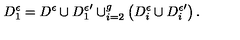
D _ { 1 } ^ { \epsilon } = D ^ { \epsilon } \cup { D _ { 1 } ^ { \epsilon } } ^ { \prime } \cup _ { i = 2 } ^ { g } \left( D _ { i } ^ { \epsilon } \cup { D _ { i } ^ { \epsilon } } ^ { \prime } \right) .